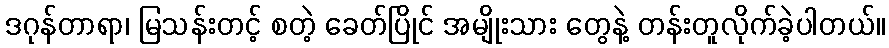
ဒဂုန်တာရာ၊ မြသန်းတင့် စတဲ့ ခေတ်ပြိုင် အမျိုးသား တွေနဲ့ တန်းတူလိုက်ခဲ့ပါတယ်။